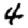
Digit: 4